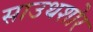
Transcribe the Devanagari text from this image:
साउथशोर